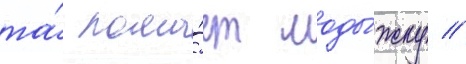
та́ лома́ет лоды́жку //